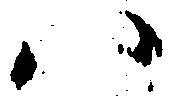
ハ